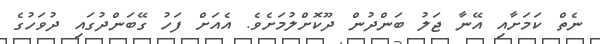
ނެތް ކަމަށާއި އޭނާ ޖަލު ބަންދުން ދޫކޮށްލުމަށެވެ. އެއަށް ފަހު ގޭބަންދުގައި ދުވަހުގެ